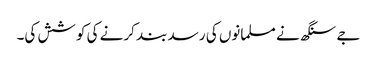
جے سنگھ نے مسلمانوں کی رسد بند کرنے کی کوشش کی۔